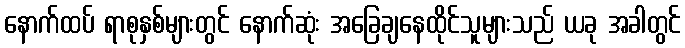
နောက်ထပ် ရာစုနှစ်များတွင် နောက်ဆုံး အခြေချနေထိုင်သူများသည် ယခု အခါတွင်